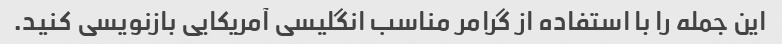
این جمله را با استفاده از گرامر مناسب انگلیسی آمریکایی بازنویسی کنید.